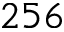
2 5 6